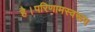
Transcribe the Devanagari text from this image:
है।परिणामस्वरूप